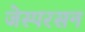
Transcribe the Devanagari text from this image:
जेस्परसन